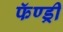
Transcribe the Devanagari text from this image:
फॅण्ड्री